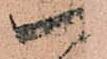
以